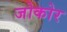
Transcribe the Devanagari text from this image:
जोकोर